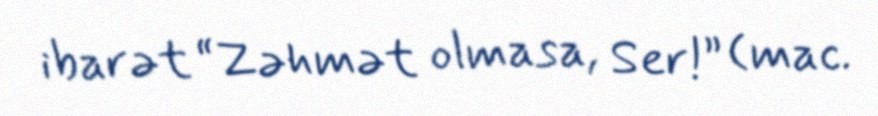
ibarət “Zəhmət olmasa, Ser!” (mac.